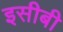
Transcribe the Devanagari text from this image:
इसीबी